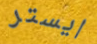
ايستر